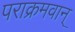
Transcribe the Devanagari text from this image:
पराक्रमवान्